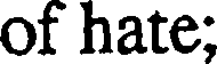
of hate;